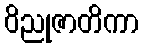
ဝိညုဇာတိကာ